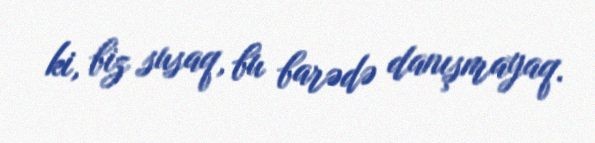
ki, biz susaq, bu barədə danışmayaq.